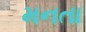
મનતા